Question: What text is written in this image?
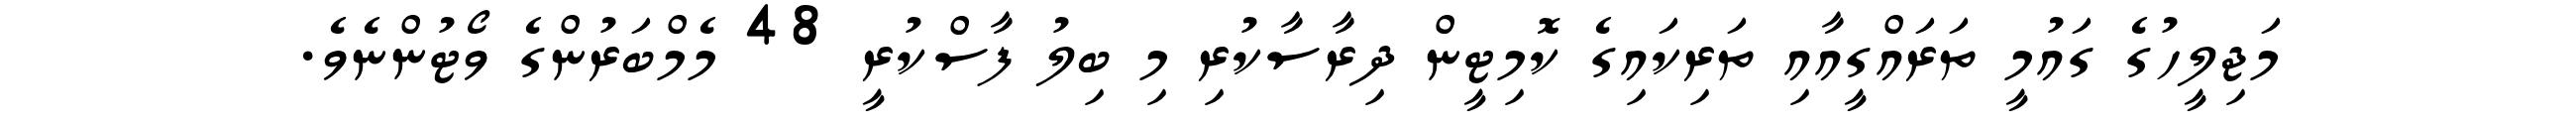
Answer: މަޖިލީހުގެ ގައުމީ ތަރައްގީއާއި ތަރިކައިގެ ކޮމިޓީން ދިރާސާކުރި މި ބިލު ފާސްކުރީ 48 މެމްބަރުންގެ ވޯޓުންނެވެ.